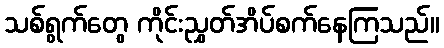
သစ်ရွက်တွေ ကိုင်းညွှတ်အိပ်စက်နေကြသည်။